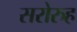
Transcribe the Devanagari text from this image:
सरोरुह